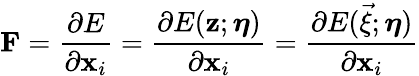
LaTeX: \mathbf{F}=\frac{\partial E}{\partial\mathbf{x}_{i}}=\frac{\partial E(\mathbf{z};\boldsymbol{\eta})}{\partial\mathbf{x}_{i}}=\frac{\partial E(\vec{\xi};\boldsymbol{\eta})}{\partial\mathbf{x}_{i}}